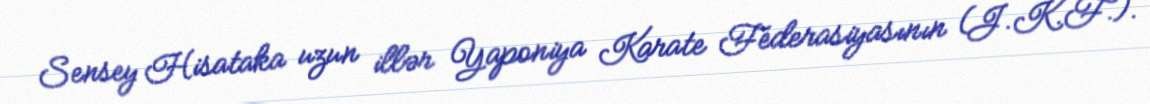
Sensey Hisataka uzun illər Yaponiya Karate Federasiyasının (J.K.F.).